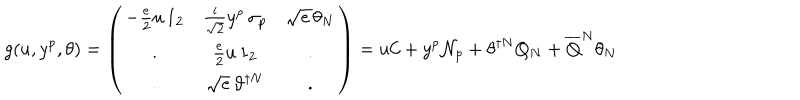
g ( u , y ^ { p } , \theta ) = \left( \begin{array} { c c c } { { - \frac { e } { 2 } u \, 1 _ { 2 } } } & { { \frac { i } { \sqrt { 2 } } y ^ { p } \, \sigma _ { p } } } & { { \sqrt { e \, } \theta _ { N } } } \\ { { . } } & { { \frac { e } { 2 } u \, 1 _ { 2 } } } & { { . } } \\ { { . } } & { { \sqrt { e } \, \vartheta ^ { \dagger N } } } & { { . } } \\ \end{array} \right) = u { \cal C } + y ^ { p } { \cal N } _ { p } + \theta ^ { \dagger N } Q _ { N } + \overline { { { Q } } } ^ { N } \theta _ { N }